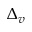
\Delta _ { v }